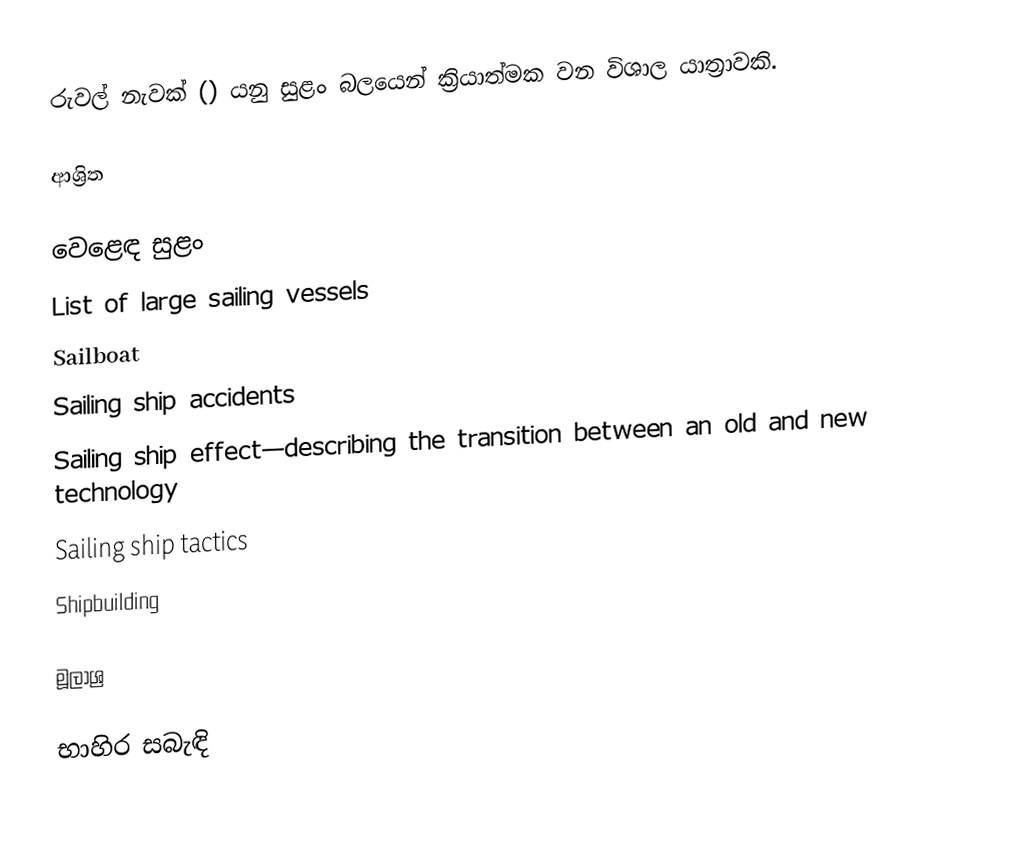
රුවල් නැවක් () යනු සුළං බලයෙන් ක්‍රියාත්මක වන විශාල යාත්‍රාවකි.

ආශ්‍රිත

 වෙළෙඳ සුළං
 List of large sailing vessels
 Sailboat
 Sailing ship accidents
 Sailing ship effect—describing the transition between an old and new technology
 Sailing ship tactics
 Shipbuilding

මූලාශ්‍ර

භාහිර සබැඳි